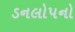
ડનલોપનો